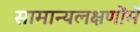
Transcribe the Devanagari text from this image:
सामान्यलक्षणोंमें